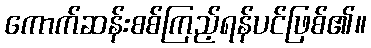
ကောက်ဆန်းစစ်ကြည့်ရန်ပင်ဖြစ်၏။